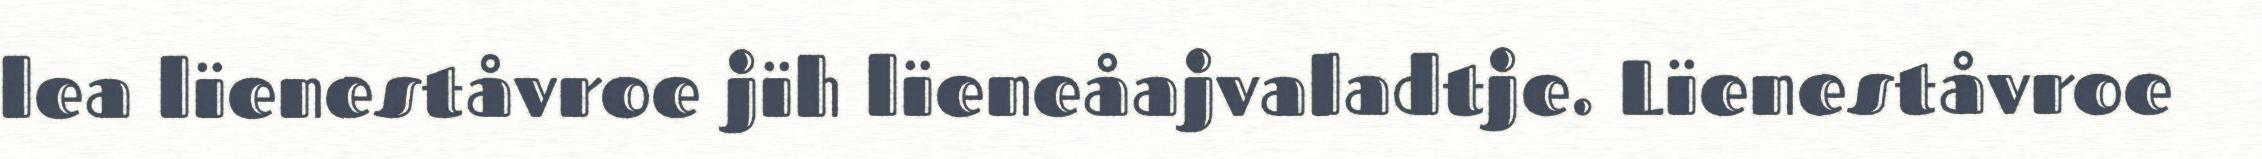
lea lïeneståvroe jïh lïeneåajvaladtje. Lïeneståvroe